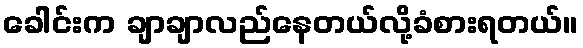
ခေါင်းက ချာချာလည်နေတယ်လို့ခံစားရတယ်။